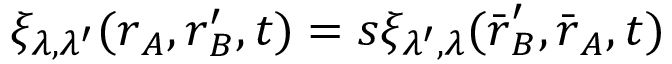
\xi _ { \lambda , \lambda ^ { \prime } } ( \boldsymbol { r } _ { A } , \boldsymbol { r } _ { B } ^ { \prime } , t ) = s \xi _ { \lambda ^ { \prime } , \lambda } ( \bar { \boldsymbol { r } } _ { B } ^ { \prime } , \bar { \boldsymbol { r } } _ { A } , t )